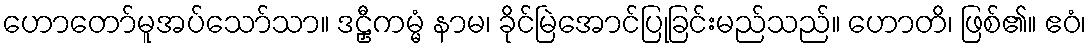
ဟောတော်မူအပ်သော်သာ။ ဒဠှီကမ္မံ နာမ၊ ခိုင်မြဲအောင်ပြုခြင်းမည်သည်။ ဟောတိ၊ ဖြစ်၏။ ဧဝံ၊